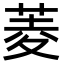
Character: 菱